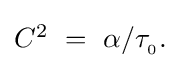
{\textstyle C^{2}~=~\alpha /\tau _{_{0}}.}